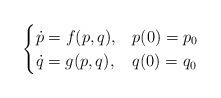
LaTeX: \begin{align*} \begin{cases} \dot{p} = f(p,q), & p(0)=p_0\\ \dot{q} = g(p,q), & q(0)=q_0 \end{cases} \end{align*}